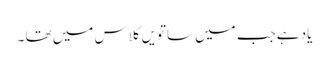
یاد ہےجب میں ساتویں کلاس میں تھا ۔